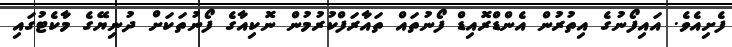
ފެށިއެވެ. އައިފޯނުގެ އިތުރުން އެންޑްރޮއިޑް ފޯނުތައް ތައާރަފްކުރުމުން ނޮކިއާގެ ފޯނުތަކަށް ދުނިޔޭގެ މާކެޓުގައި